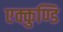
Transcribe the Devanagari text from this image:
एक्कुण्डि